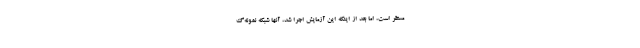
مستقر است، اما بعد از اینکه این آزمایش اجرا شد، آنها شبکه نمونه‌گ